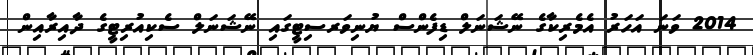
2014 ވަނަ އަހަރު އެމެރިކާގެ ނޭޝަނަލް ޑިފެންސް ޔުނިވަރސިޓީގައި ނޭޝަނަލް ސެކިއުރިޓީގެ ދާއިރާއިން